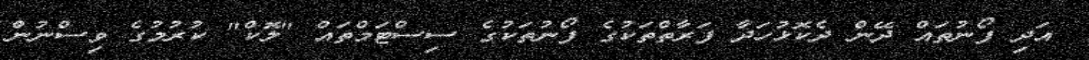
އަދި ފޯނުތައް ދޭން ދެކޮޅުހަދާ ފަރާތްތަކުގެ ފޯނުތަކުގެ ސިސްޓަމްތައް "ލޮކް" ކުރުމުގެ ވިސްނުން